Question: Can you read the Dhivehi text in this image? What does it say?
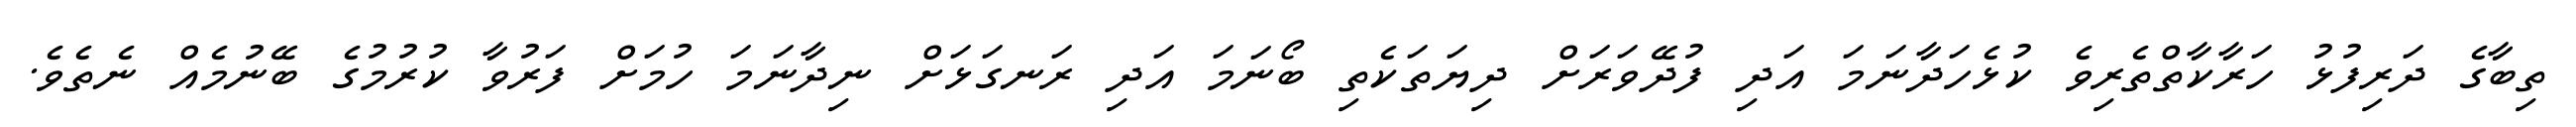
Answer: ތިބާގެ ދަރިފުޅު ހަރާކާތްތެރިވެ ކުޅެހަދާނަމަ އަދި ފުދޭވަރަށް ދިޔަތަކެތި ބޯނަމަ އަދި ރަނގަޅަށް ނިދާނަމަ ހުމަށް ފަރުވާ ކުރުމުގެ ބޭނުމެއް ނެތެވެ.